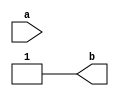

 module  t  
  
 (
  input      a   ,  output      b  );
 assign        b  = 1 ;
 
 
 endmodule
 
 module  i  
  
 (
  input      a   ,      b   ,      c   ,  output      o2   ,      o3  );
 assign        o2  =  a  +  b  ;
 
 assign        o3  =  a  +  b  +  c  ;
 
 
 endmodule